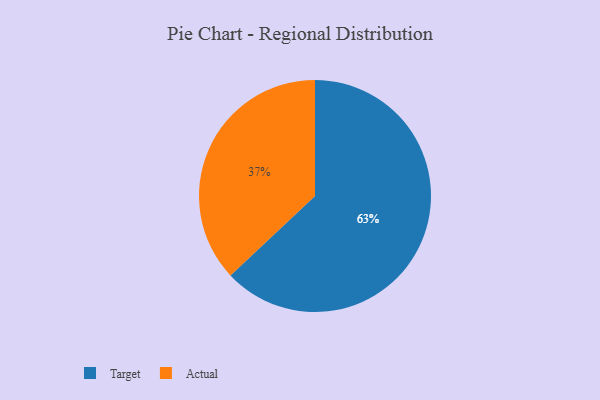
{"axis": {"x": "Category", "y": "Percentage"}, "legend": ["Actual", "Target"], "data": [{"x": "Actual", "y": 37, "type": "Actual"}, {"x": "Target", "y": 63, "type": "Target"}]}